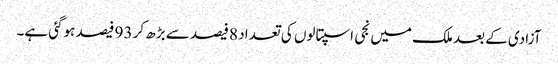
آزادی کے بعد ملک میں نجی اسپتالوں کی تعداد 8 فیصد سے بڑھ کر 93 فیصد ہوگئی ہے۔